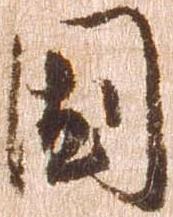
国